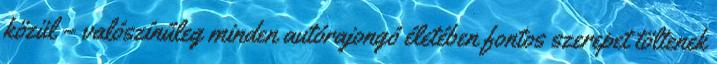
közül – valószínűleg minden autórajongó életében fontos szerepet töltenek